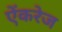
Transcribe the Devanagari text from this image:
ऐंकरेज